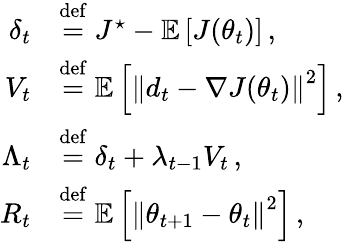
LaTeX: \begin{array}{rl}{\delta_{t}}&{\stackrel{\mathrm{def}}{=}J^{\star}-{\mathbb E}\left[J(\theta_{t})\right]\, ,}\\ {V_{t}}&{\stackrel{\mathrm{def}}{=}{\mathbb E}\left[\left\| d_{t}-\nabla J(\theta_{t})\right\| ^{2}\right]\, ,}\\ {\Lambda_{t}}&{\stackrel{\mathrm{def}}{=}\delta_{t}+\lambda_{t-1}V_{t}\, ,}\\ {R_{t}}&{\stackrel{\mathrm{def}}{=}{\mathbb E}\left[\left\| \theta_{t+1}-\theta_{t}\right\| ^{2}\right]\, ,}\end{array}